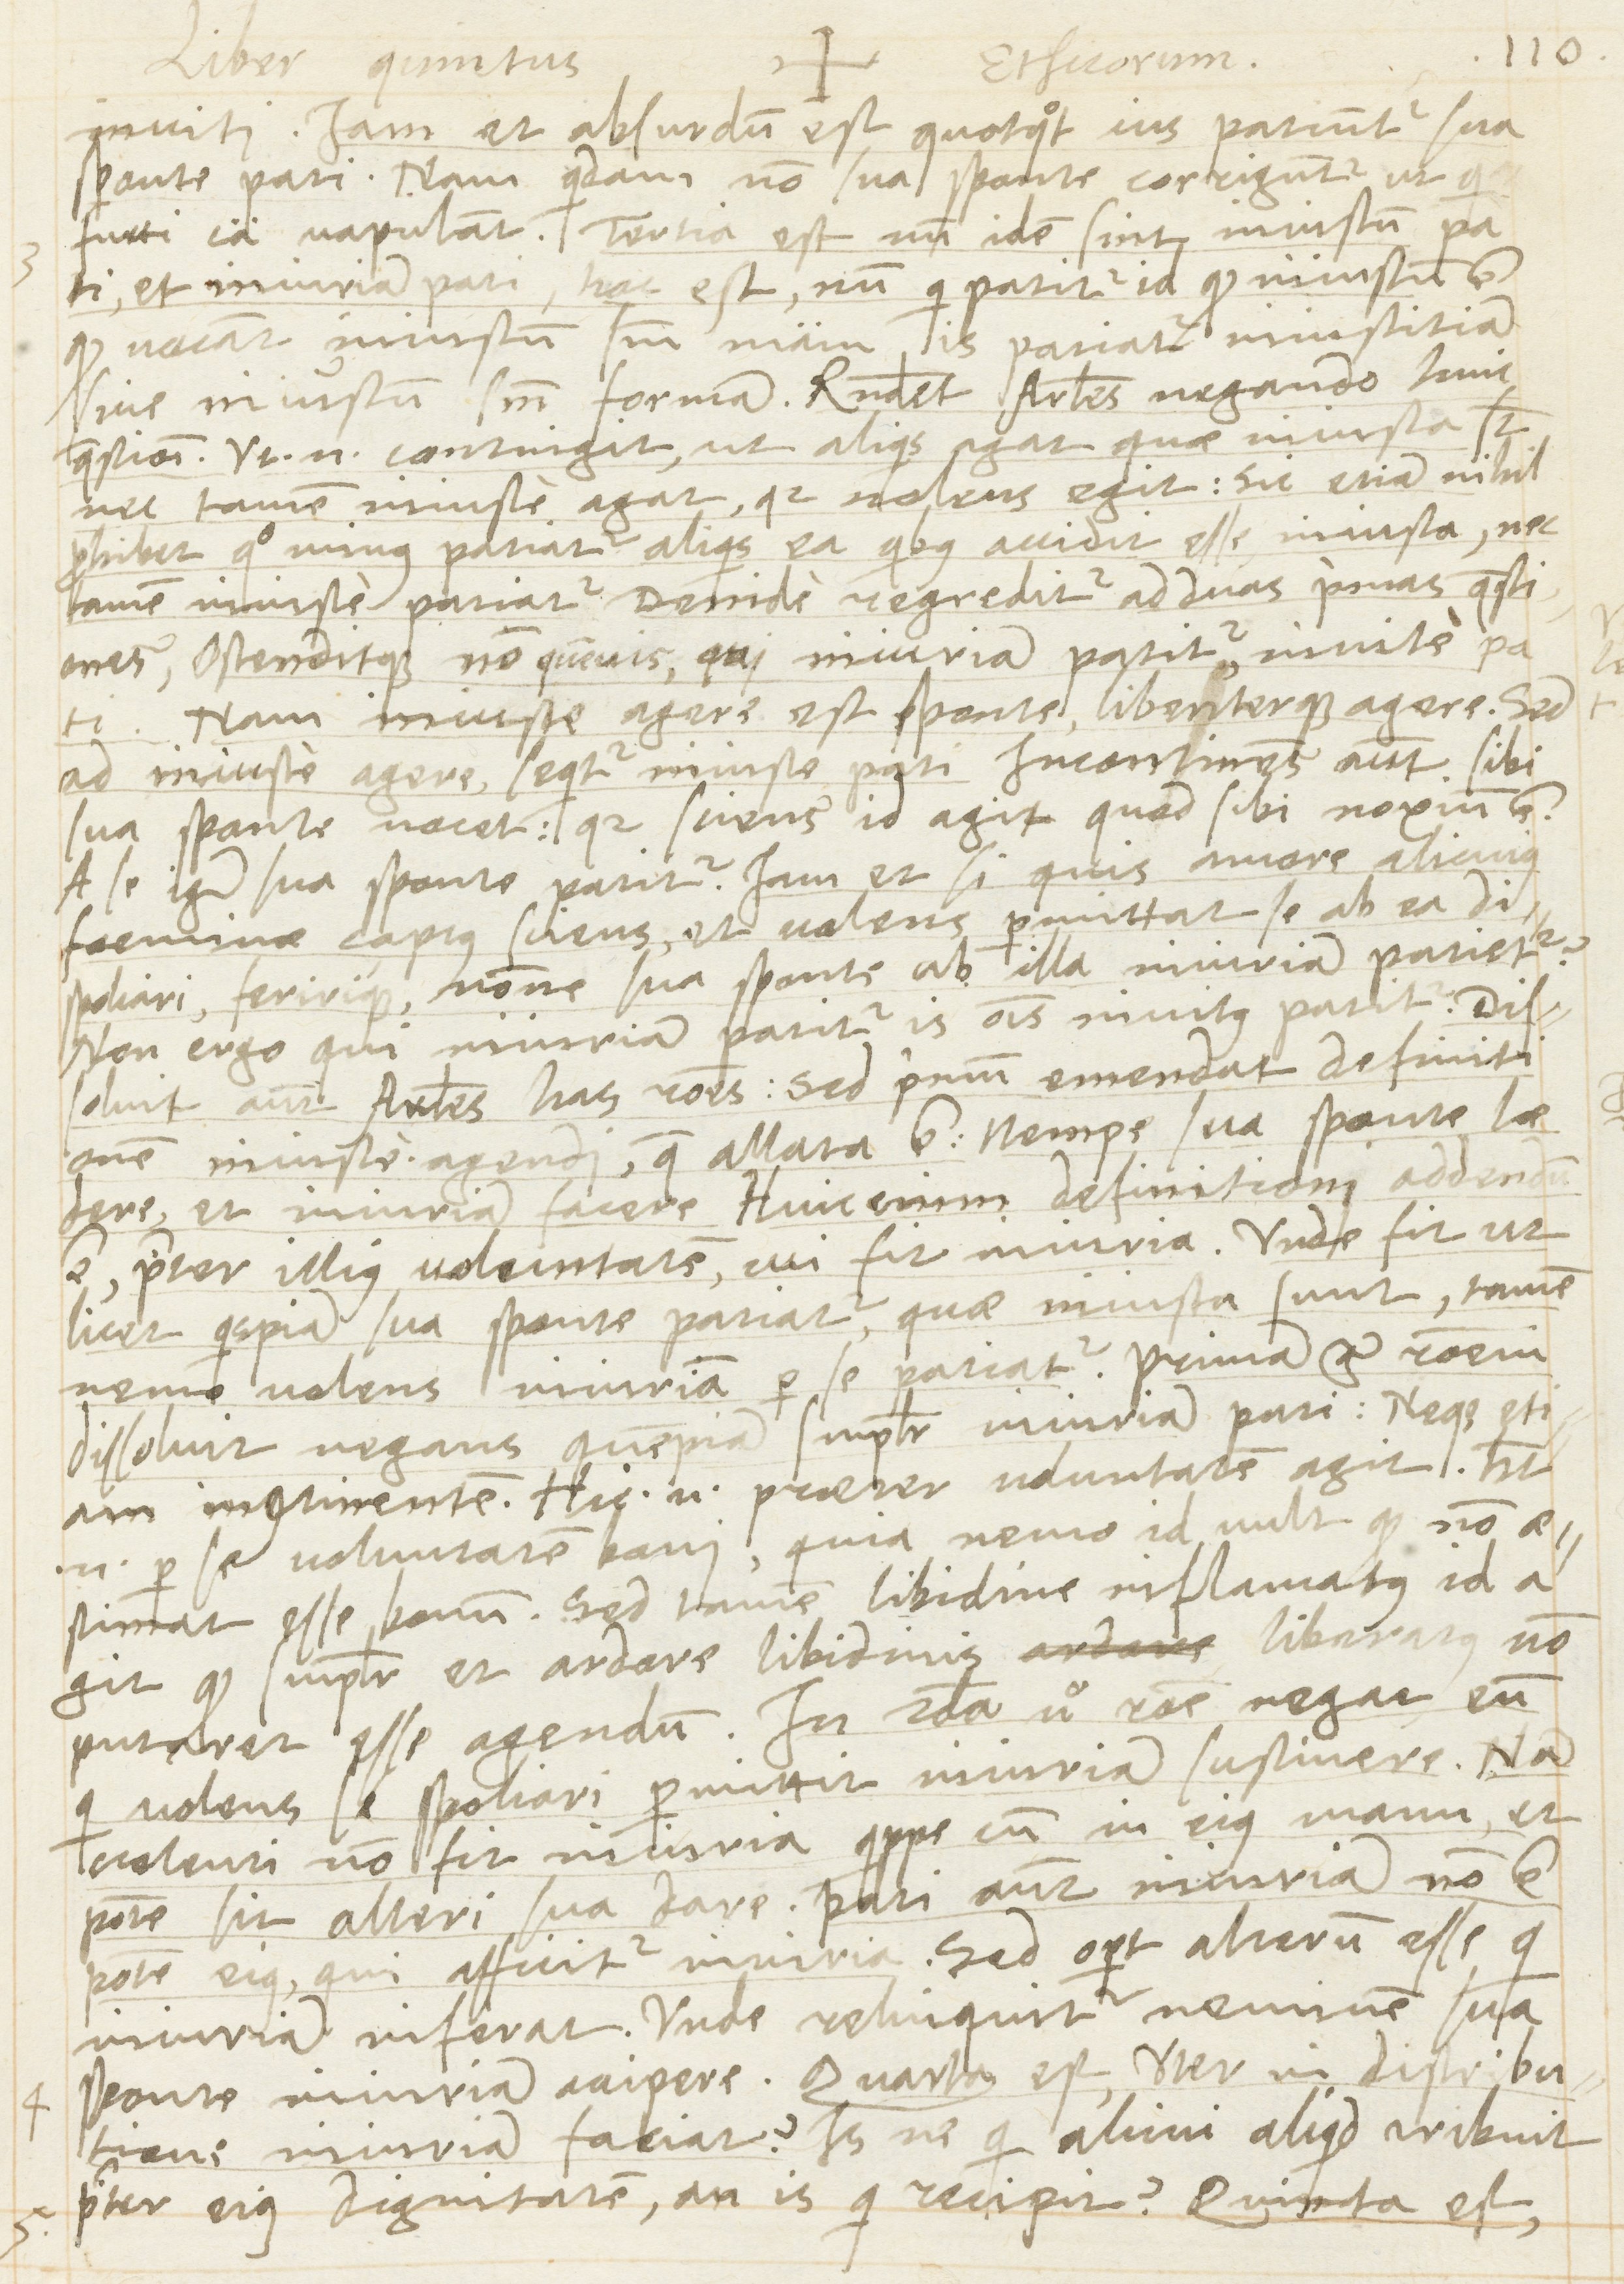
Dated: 1566–1566